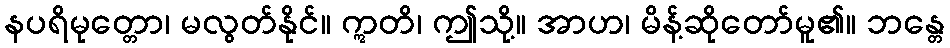
နပရိမုတ္တော၊ မလွတ်နိုင်။ ဣတိ၊ ဤသို့။ အာဟ၊ မိန့်ဆိုတော်မူ၏။ ဘန္တေ